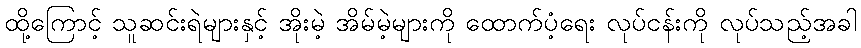
ထို့ကြောင့် သူဆင်းရဲများနှင့် အိုးမဲ့ အိမ်မဲ့များကို ထောက်ပံ့ရေး လုပ်ငန်းကို လုပ်သည့်အခါ